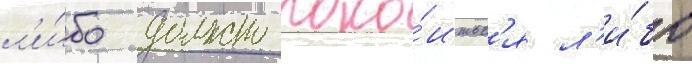
л'и́бо должно поко́итьс'я л'и́бо